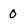
Character: 0